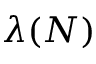
\lambda ( N )